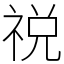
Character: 祱